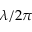
\lambda / 2 \pi